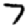
Digit: 7